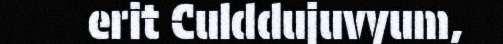
erit Culddujuvyum,